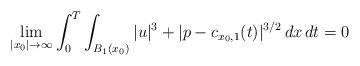
LaTeX: \begin{align*}\lim_{|x_0|\to \infty} \int_0^T \int_{B_1(x_0)}|u|^3 + |p-c_{x_0,1}(t)|^{3/2}\,dx\,dt=0\end{align*}